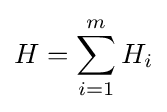
H=\sum _{i=1}^{m}H_{i}